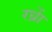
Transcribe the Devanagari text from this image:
रध्राें